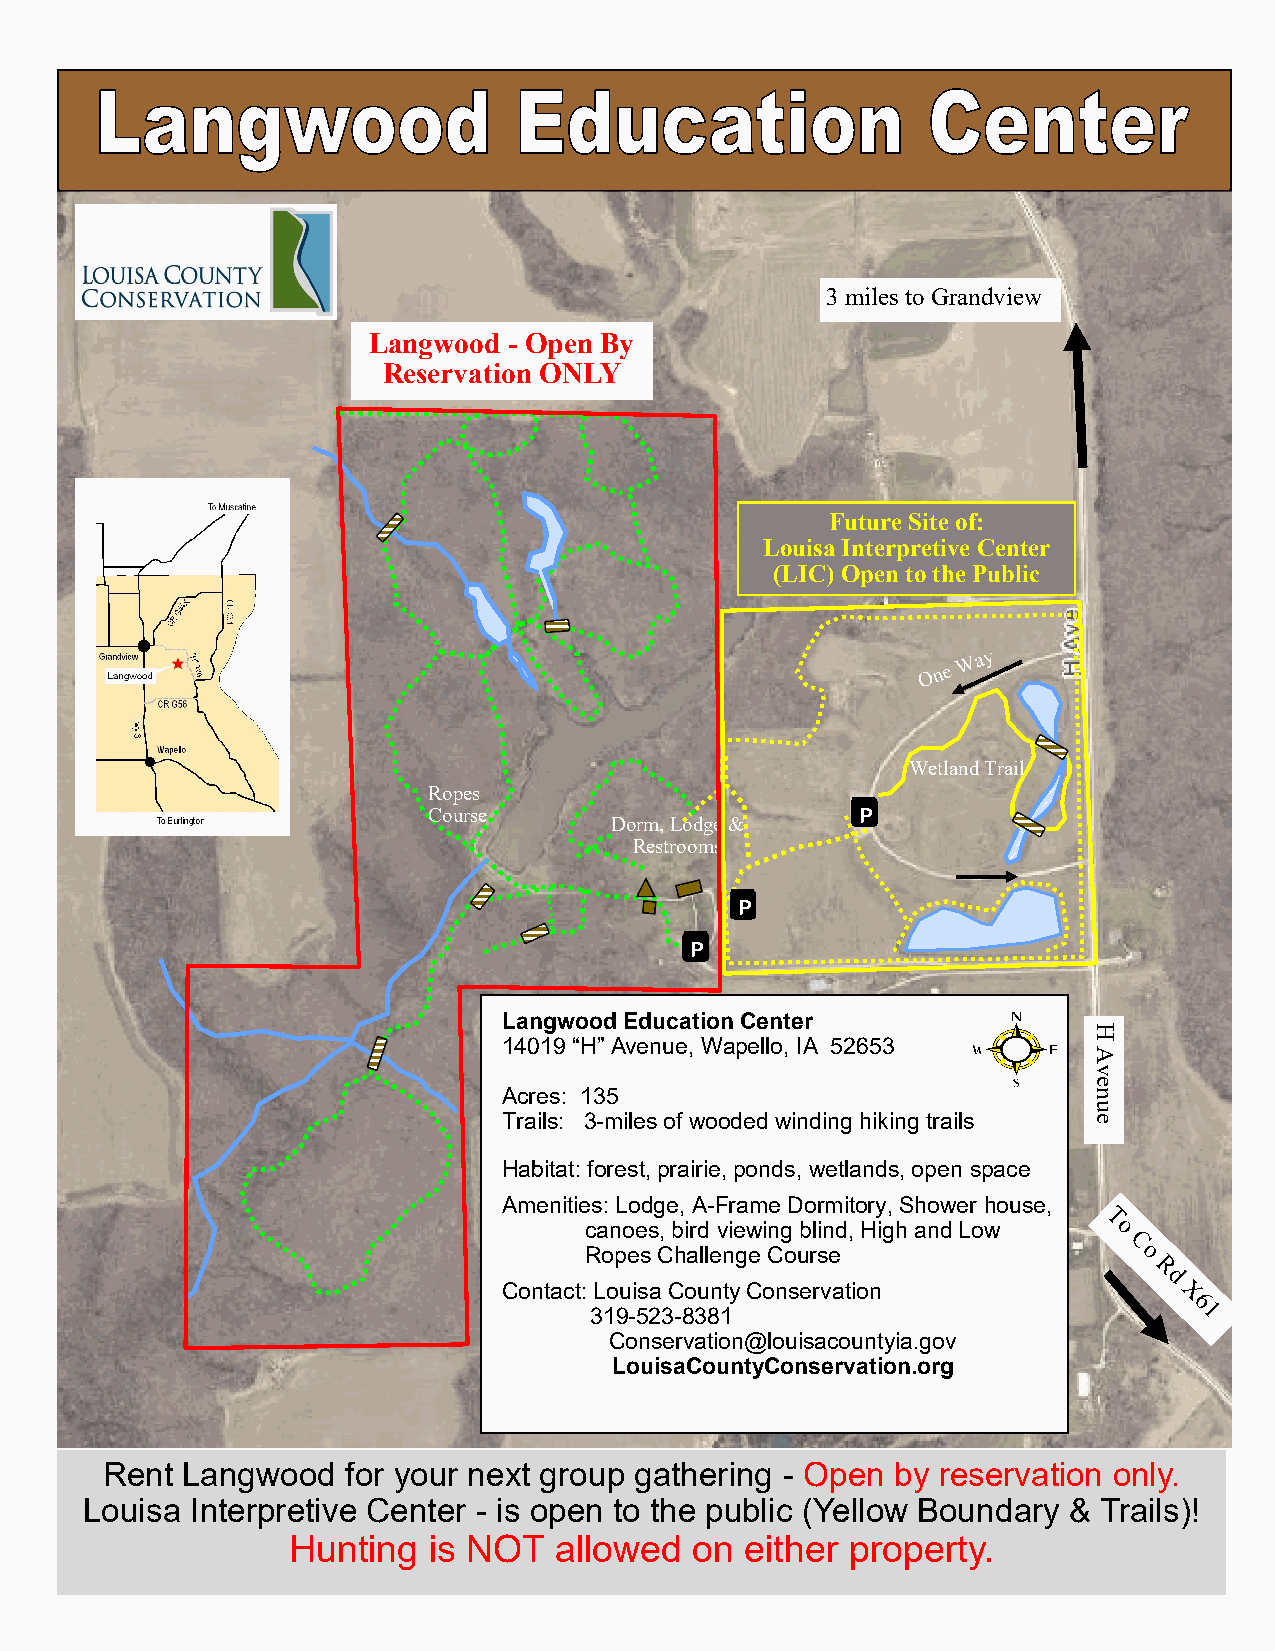
3 miles to Grandview
 Langwood  - Open By
 Reservation ONLY
 Future Site of:
 Louisa Interpretive Center
 (LIC) Open to the Public
 Wetland Trail
 Ropes
 Course                       P
 Dorm, Lodge &
 Restrooms
 P
 P
 Langwood Education Center
 H
 14019 “H” Avenue, Wapello, IA 52653
 A
 v
 e
 Acres: 135                             n
 u
 Trails: 3-miles of wooded winding hiking trails e
 Habitat: forest, prairie, ponds, wetlands, open space
 Amenities: Lodge, A-Frame Dormitory, Shower house,
 canoes, bird viewing blind, High and Low
 Ropes Challenge Course
 Contact: Louisa County Conservation
 319-523-8381
 Conservation@louisacountyia.gov
 LouisaCountyConservation.org
 Rent Langwood   for your next group gathering - Open by reservation only.
 Louisa  Interpretive Center - is open to the public (Yellow Boundary & Trails)!
 Hunting  is NOT   allowed  on either property.